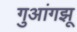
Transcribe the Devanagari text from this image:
गुआंगझू